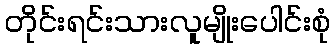
တိုင်းရင်းသားလူမျိုးပေါင်းစုံ